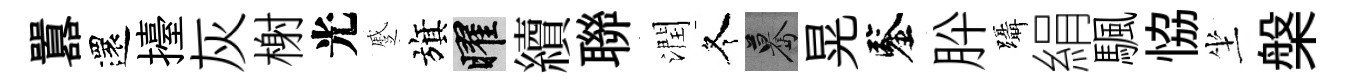
囂還擡灰榭光蹙旗曜續聯潤冬驀晃鑒肸躡絹颿恊坐槃